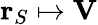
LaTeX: \mathbf{r}_{S}\mapsto\mathbf{V}